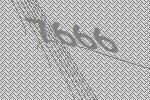
7666